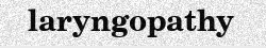
laryngopathy